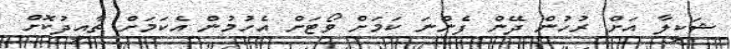
ޝަކީލާ އަށް ރުހުން ދޭން ފެންނަ ކަމަށް ވޯޓަށް އެހުމުން އެކަމަށް ތާއީދުކޮށް